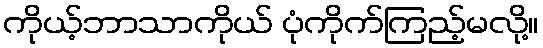
ကိုယ့်ဘာသာကိုယ် ပုံကိုက်ကြည့်မလို့။